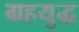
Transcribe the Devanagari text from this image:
ग्रहयुद्ध